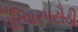
પરિવારપટૌડી